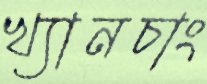
খ্যানচাং